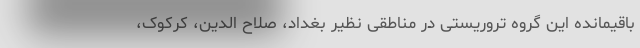
باقیمانده این گروه تروریستی در مناطقی نظیر بغداد، صلاح الدین، کرکوک،